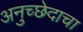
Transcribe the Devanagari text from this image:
अनुच्छेदाचा